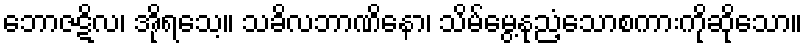
ဘောဇဋိလ၊ အိုရသေ့။ သခိလဘာဏိနော၊ သိမ်မွေ့နုညံ့သောစကားကိုဆိုသော။